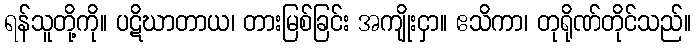
ရန်သူတို့ကို။ ပဋိဃာတာယ၊ တားမြစ်ခြင်း အကျိုးငှာ။ ဧသိကာ၊ တုရိုဏ်တိုင်သည်။